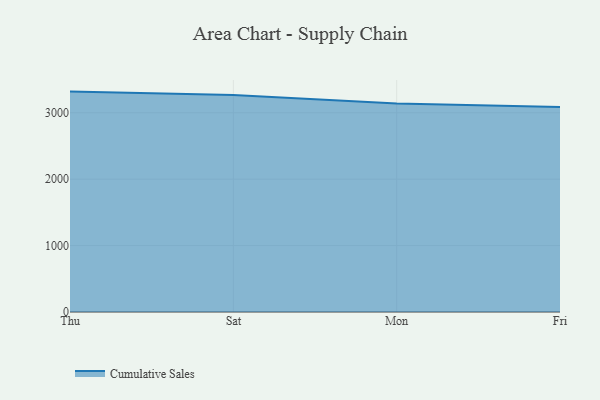
{"axis": {"x": "Day", "y": "Headcount"}, "legend": ["Cumulative Sales"], "data": [{"x": "Thu", "y": 3318.5, "type": "Cumulative Sales"}, {"x": "Sat", "y": 3269.0, "type": "Cumulative Sales"}, {"x": "Mon", "y": 3139.4, "type": "Cumulative Sales"}, {"x": "Fri", "y": 3085.0, "type": "Cumulative Sales"}]}